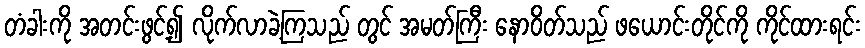
တံခါးကို အတင်းဖွင့်၍ လိုက်လာခဲ့ကြသည် တွင် အမတ်ကြီး နောဝိတ်သည် ဖယောင်းတိုင်ကို ကိုင်ထားရင်း